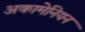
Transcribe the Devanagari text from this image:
अकामेनियन